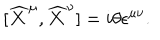
LaTeX: \lbrack \widehat { X } ^ { \mu } , \widehat { X } ^ { \nu } ] = i \theta \epsilon ^ { \mu \nu } .